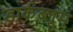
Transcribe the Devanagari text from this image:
डार्कब्लूम